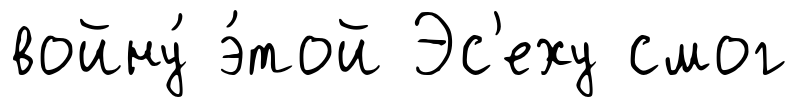
войну́ э́той Эс'еху смог